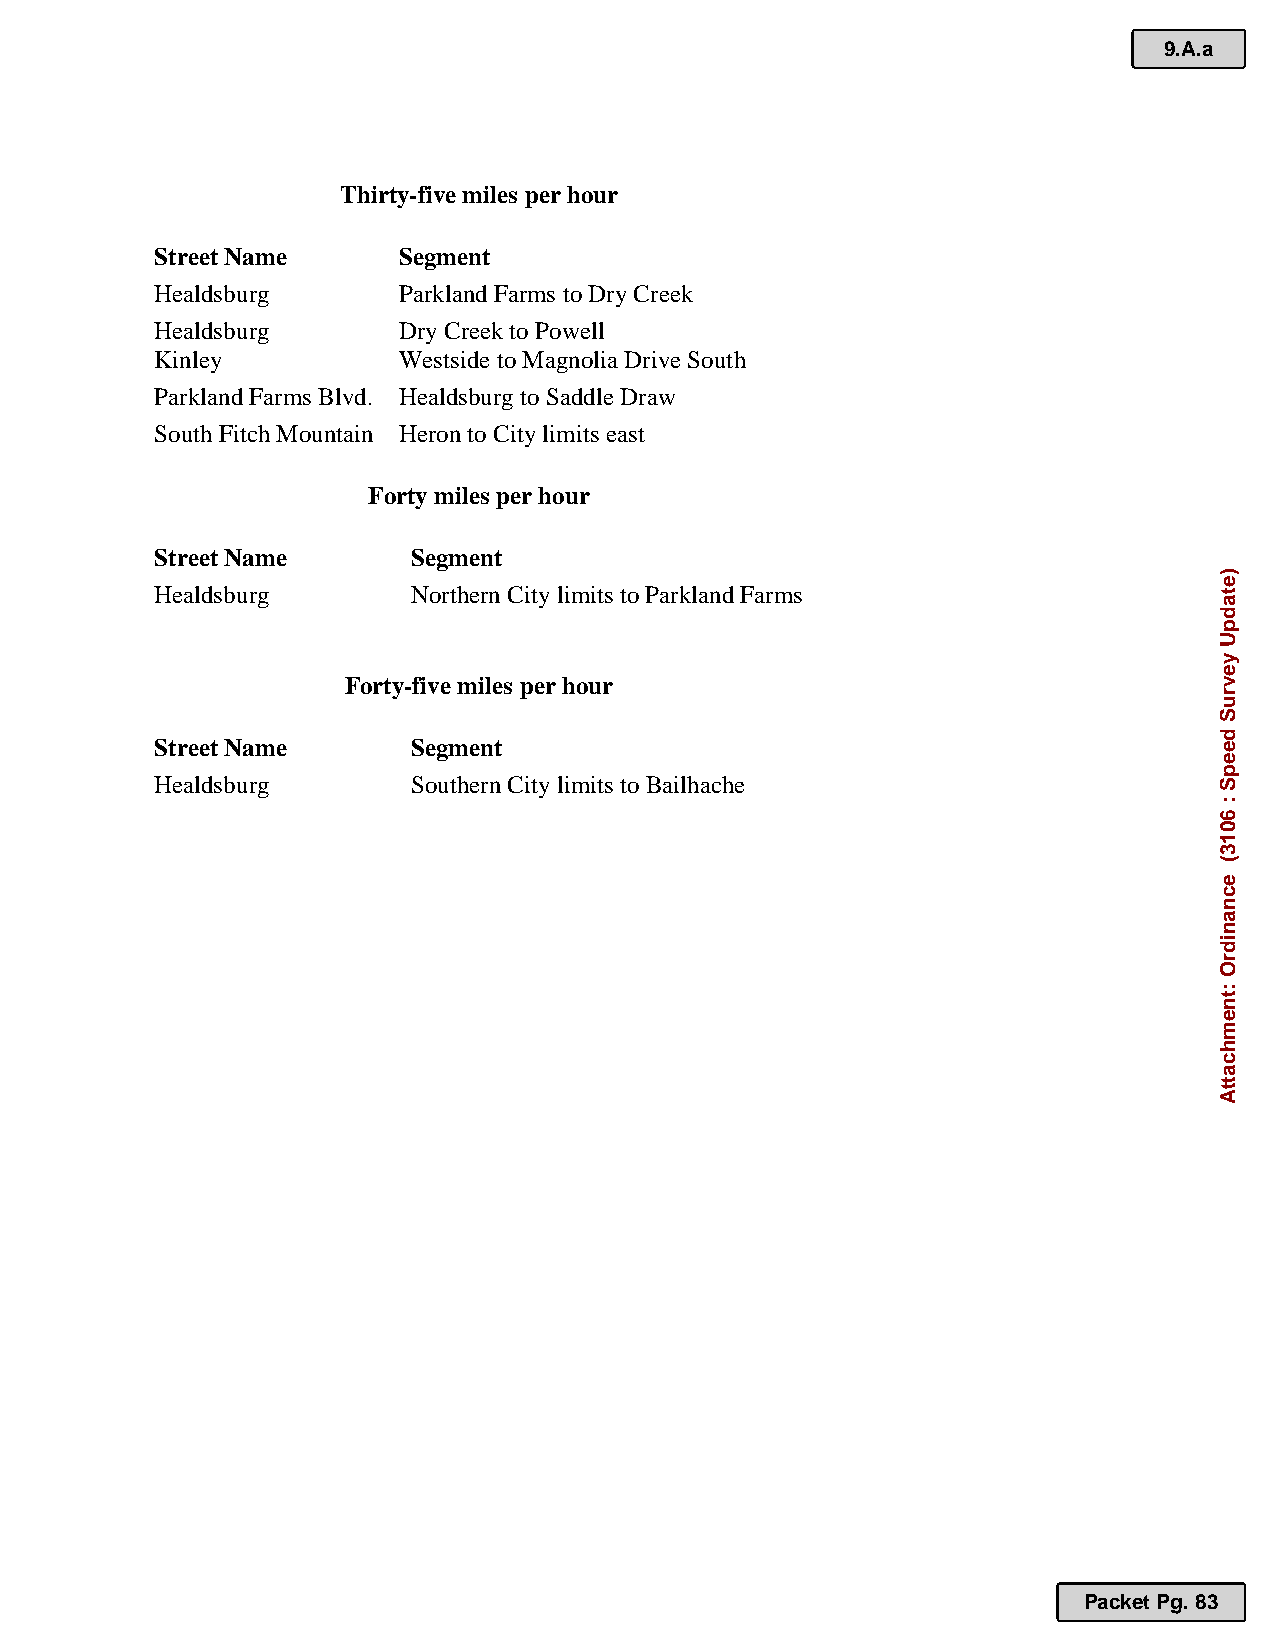
9.A.a
 Thirty-five miles per hour
 Street Name     Segment
 Healdsburg      Parkland Farms to Dry Creek
 Healdsburg      Dry Creek to Powell
 Kinley          Westside to Magnolia Drive South
 Parkland Farms Blvd. Healdsburg to Saddle Draw
 South Fitch Mountain H eron to City limits east
 Forty miles per hour
 Street Name      Segment
 Healdsburg       Northern City limits to Parkland Farms
 Forty-five miles per hour
 Street Name      Segment
 Healdsburg       Southern City limits to Bailhache
 Packet Pg. 83
 )etadpU
 yevruS
 deepS
 :
 6013(
 ecnanidrO
 :tnemhcattA